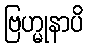
ဗြဟ္မုနာပိ